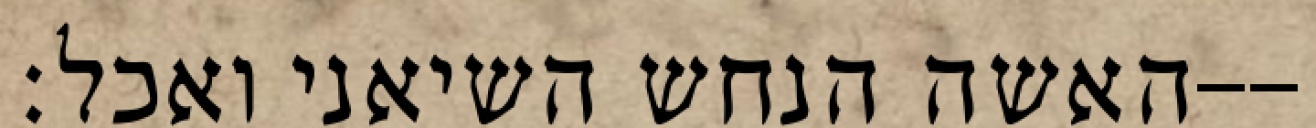
האשה הנחש השיאני ואכל׃--